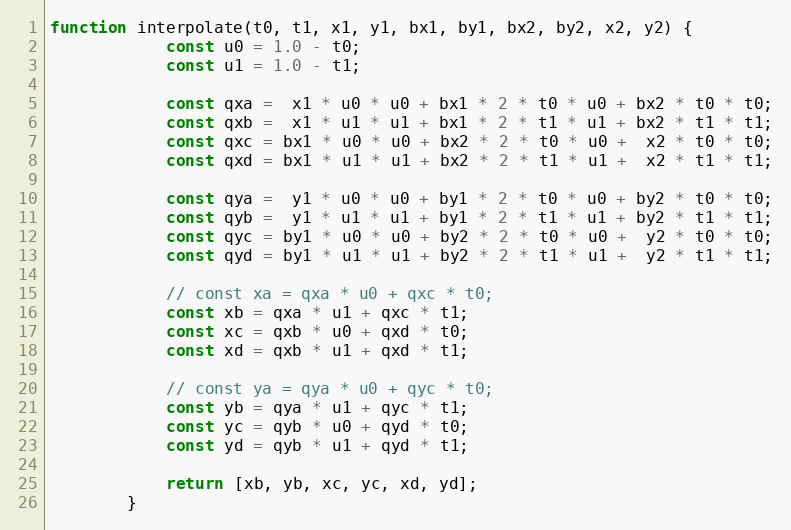
Language: JavaScript
function interpolate(t0, t1, x1, y1, bx1, by1, bx2, by2, x2, y2) {
            const u0 = 1.0 - t0;
            const u1 = 1.0 - t1;

            const qxa =  x1 * u0 * u0 + bx1 * 2 * t0 * u0 + bx2 * t0 * t0;
            const qxb =  x1 * u1 * u1 + bx1 * 2 * t1 * u1 + bx2 * t1 * t1;
            const qxc = bx1 * u0 * u0 + bx2 * 2 * t0 * u0 +  x2 * t0 * t0;
            const qxd = bx1 * u1 * u1 + bx2 * 2 * t1 * u1 +  x2 * t1 * t1;

            const qya =  y1 * u0 * u0 + by1 * 2 * t0 * u0 + by2 * t0 * t0;
            const qyb =  y1 * u1 * u1 + by1 * 2 * t1 * u1 + by2 * t1 * t1;
            const qyc = by1 * u0 * u0 + by2 * 2 * t0 * u0 +  y2 * t0 * t0;
            const qyd = by1 * u1 * u1 + by2 * 2 * t1 * u1 +  y2 * t1 * t1;

            // const xa = qxa * u0 + qxc * t0;
            const xb = qxa * u1 + qxc * t1;
            const xc = qxb * u0 + qxd * t0;
            const xd = qxb * u1 + qxd * t1;

            // const ya = qya * u0 + qyc * t0;
            const yb = qya * u1 + qyc * t1;
            const yc = qyb * u0 + qyd * t0;
            const yd = qyb * u1 + qyd * t1;

            return [xb, yb, xc, yc, xd, yd];
        }